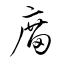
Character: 庿